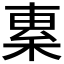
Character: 𣓧